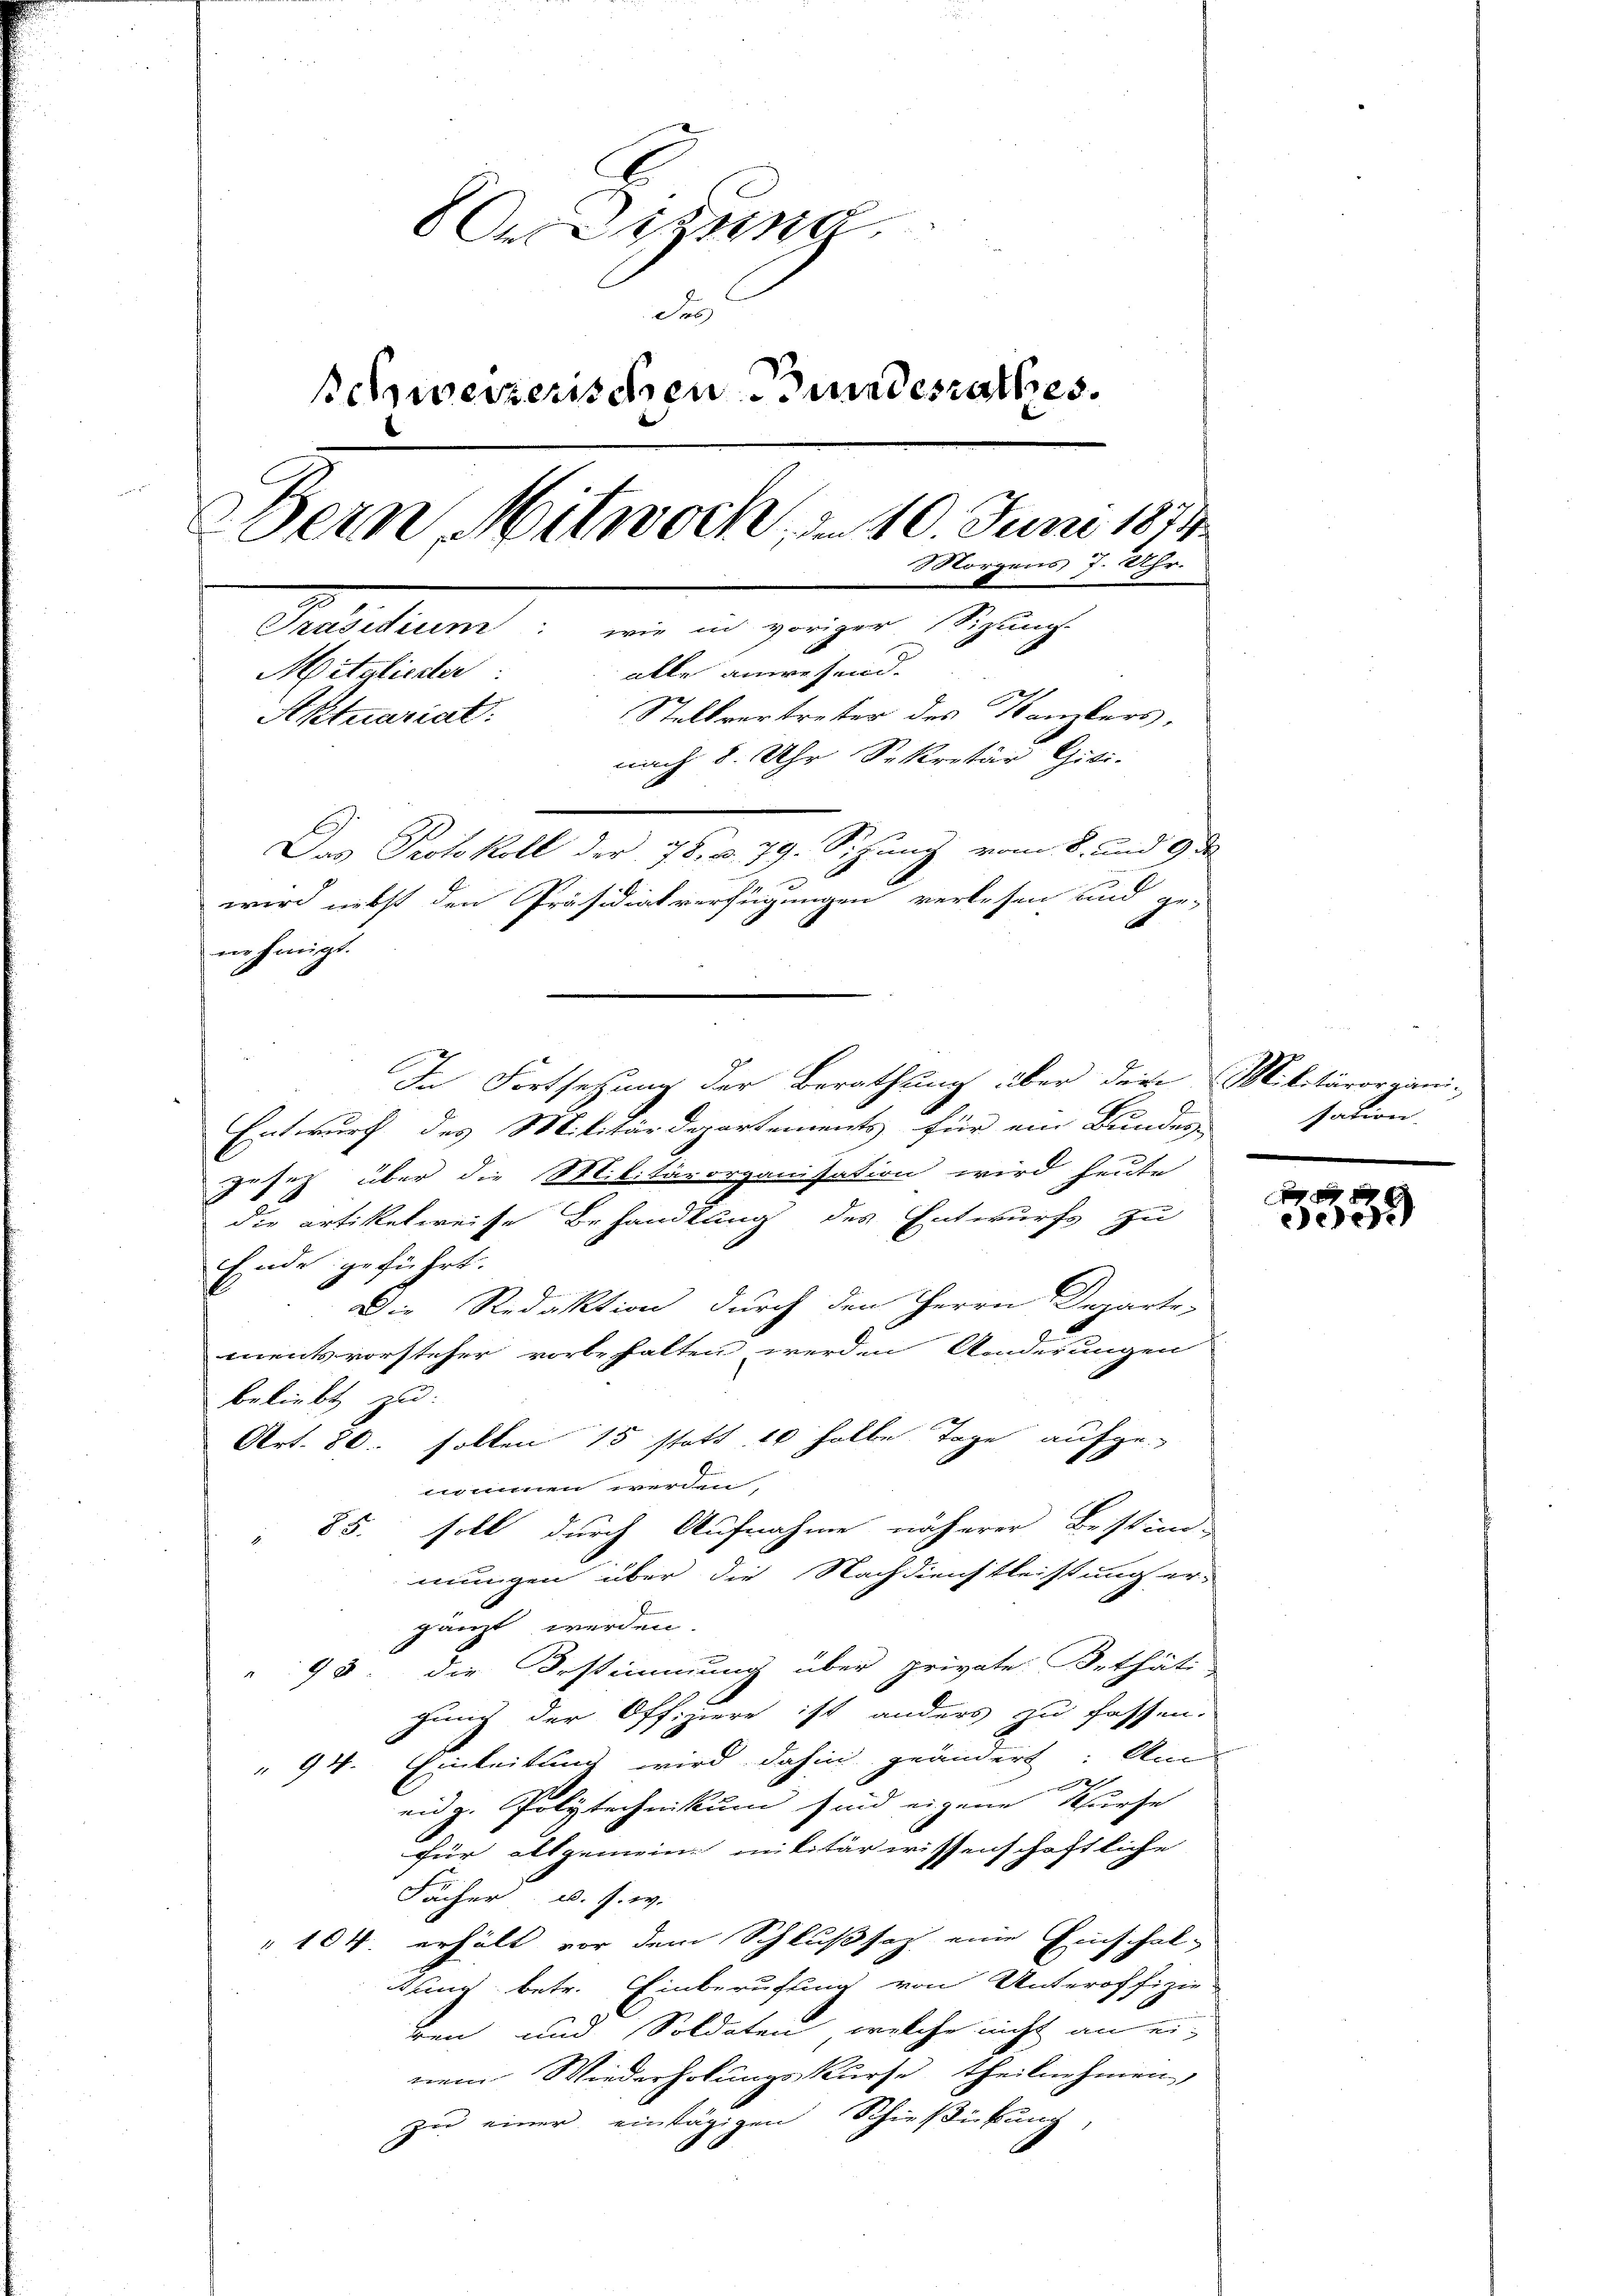
rdigung
Fes
schweizerischen Bundesrathes.
Bern Mitwoch, d. 10. Juni 1874.
Morgens 7. Uhr.
Präsidium: wie in voriger Sizung.
alle anwesend.
Mitalierter
Aktuarial. Stellvertreter des Kanzlers,
nach 8 Uhr Sekretär Gisi-
Das Protokoll der 78. u. 79. Sitzung vom 8. und 9 de

wird nebst den Präsidialverfügungen verlesen und ge-
nehmigt.

In Fortsetzung der Berathung über der Militärorgani-
Entwurf des Militärdepartements für ein Bundes-
gesetz über die Militärorganisation wird heute
die artikelweise Behandlung des Entwurfs zu
Ende geführt.
Die Redaktion durch den Herrn Departe-
mentsvorsteher vorbehalten werden Änderungen
beliebt zu
Art. 80. sollen 15 statt 10 halbe Tage aufgenommen werden,
85. soll durch Aufnahme näherer Bestim-
E
mungen über die Nachdienstleistung er-
gänzt werden.
98. die Erstimmung über private Bethät
gung der Offiziere ist anders zu fassen.
 94. Einleitung wird dahin geändert: Am
eidg. Polytechnikum sind eigene Kurse
für allgemein militärwissenschaftliche
Fächer u. s. w.
 104. erhält vor dem Schlußsaz eine Einschal-
tung betr. Einberufung von Unteroffizie-
ben und Soldaten, welche nicht an einem Wiederholungskurse, theilnehmen,
zu einer eintägigen Schießickung,

sation.

f 0 x
dee